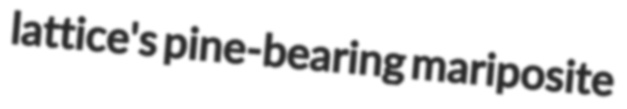
lattice's pine-bearing mariposite